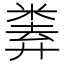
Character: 𢍨